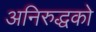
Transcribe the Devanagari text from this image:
अनिरुद्धको